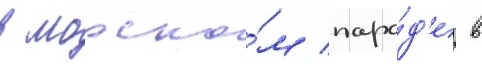
в морско́м пара́д'е в